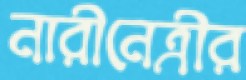
নারীনেত্রীর